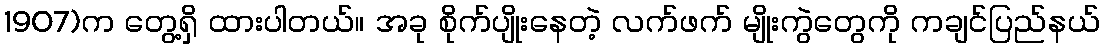
1907)က တွေ့ရှိ ထားပါတယ်။ အခု စိုက်ပျိုးနေတဲ့ လက်ဖက် မျိုးကွဲတွေကို ကချင်ပြည်နယ်